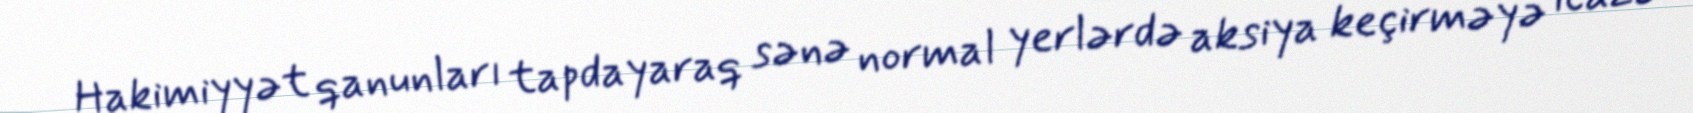
Hakimiyyət qanunları tapdayaraq sənə normal yerlərdə aksiya keçirməyə icazə